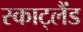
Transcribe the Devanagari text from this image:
स्काट्लैंड